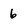
Character: 6